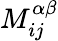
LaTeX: M_{ij}^{\alpha\beta}